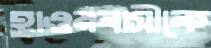
হাওরবাসীকে